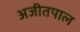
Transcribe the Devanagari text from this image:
अजीतपाल